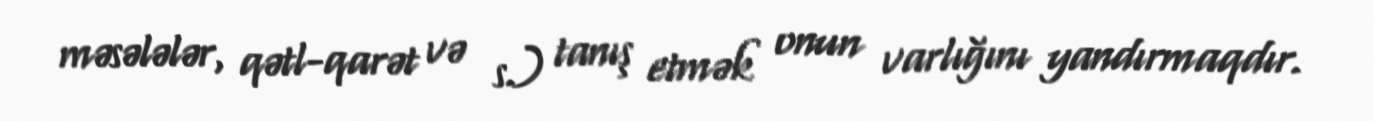
məsələlər, qətl-qarət və s.) tanış etmək onun varlığını yandırmaqdır.